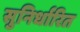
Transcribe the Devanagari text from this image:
सुनिर्धारित